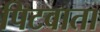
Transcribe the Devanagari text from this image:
पिटवाता